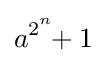
a^{2^{\overset {n}{}}}\!\!+1